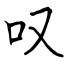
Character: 叹